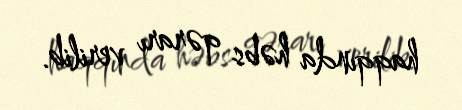
haqqında həbs qərarı verilib.